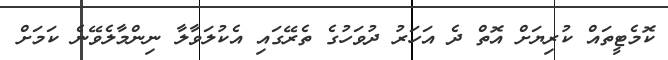
ކޮމެޓީތައް ކުރިޔަށް އޮތް ދެ އަހަރު ދުވަހުގެ ތެރޭގައި އެކުލަވާލާ ނިންމާލެވޭނެ ކަމަށް